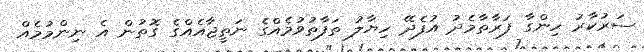
ސަރުކާރު ހިންގާ ފަރާތާމެދު އުފެދޭ ހިޔާލު ތަފާތުވުމެއްގެ ނަތީޖާއެއްގެ ގޮތުން އެ ނިންމުމެއް